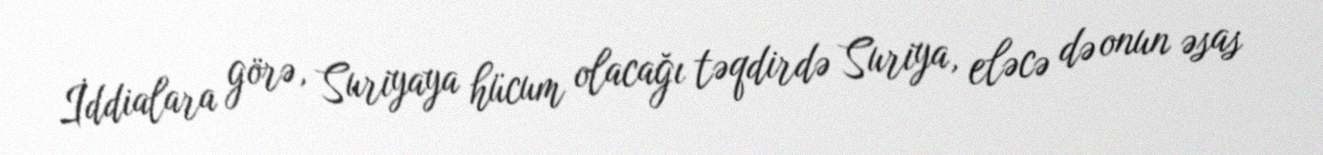
İddialara görə, Suriyaya hücum olacağı təqdirdə Suriya, eləcə də onun əsas